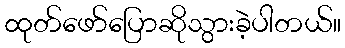
ထုတ်ဖော်ပြောဆိုသွားခဲ့ပါတယ်။